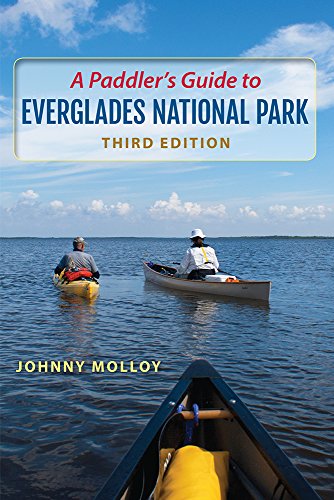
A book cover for A Paddler's Guide to Everglades National Park; Johnny Molloy; Science & Math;